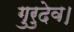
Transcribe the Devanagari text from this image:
गुरुदेव।